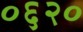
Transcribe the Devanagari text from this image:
०६२०